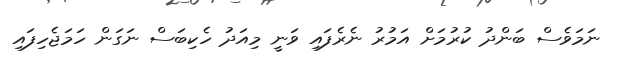
ނަމަވެސް ބަންދު ކުރުމަށް އަމުރު ނެރެފައި ވަނީ މިއަދު ހެކިބަސް ނަގަން ހަމަޖެހިފައި